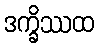
ဒက္ခိဿထ